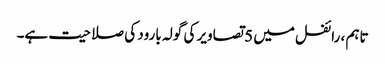
تاہم ، رائفل میں 5 تصاویر کی گولہ بارود کی صلاحیت ہے۔